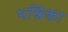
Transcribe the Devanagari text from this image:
भस्रिका